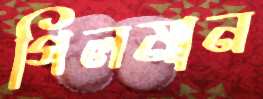
গিলমান